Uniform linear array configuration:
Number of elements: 24
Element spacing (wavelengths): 0.25
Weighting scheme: blackman
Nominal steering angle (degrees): -15
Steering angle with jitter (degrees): -15.845
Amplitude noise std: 0.05
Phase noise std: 0.05

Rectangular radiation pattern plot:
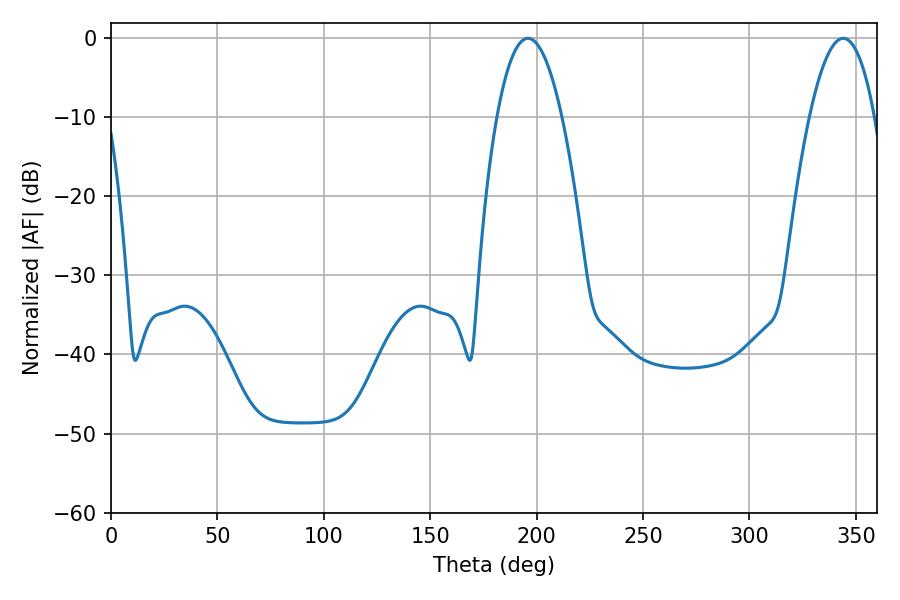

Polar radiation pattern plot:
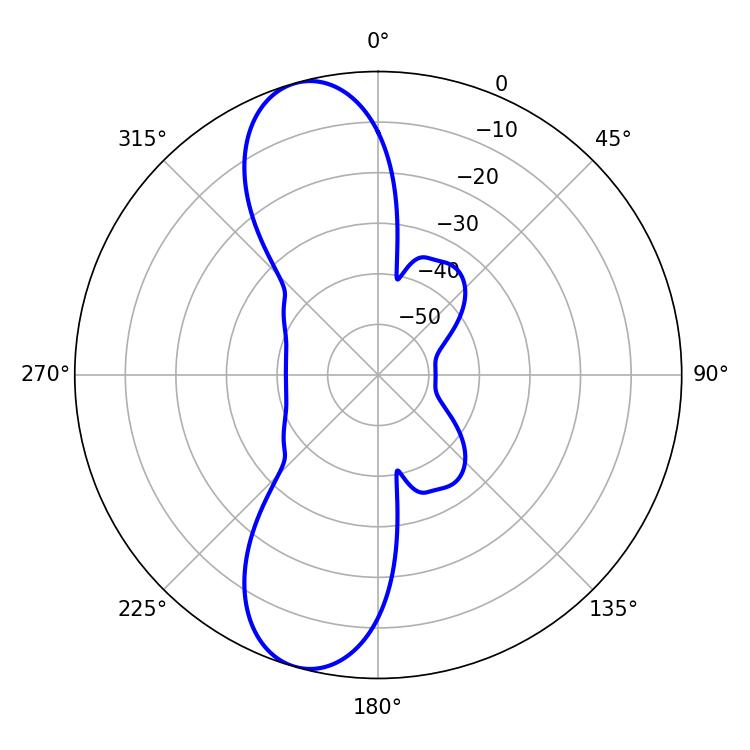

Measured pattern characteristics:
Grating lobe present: FALSE
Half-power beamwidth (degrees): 16.92
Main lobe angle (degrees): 195.84